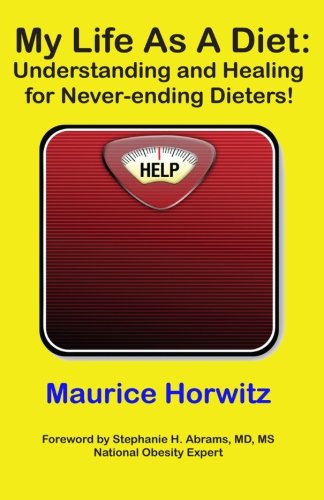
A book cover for My Life as a Diet: Understanding and Healing for Never-ending Dieters!; Maurice Horwitz; Health, Fitness & Dieting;